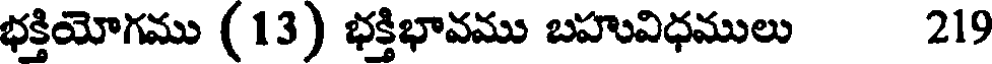
భక్తియోగము (13) భక్తిభావము బహువిధములు 219